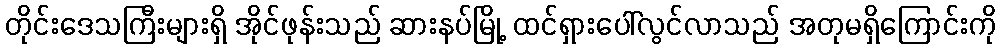
တိုင်းဒေသကြီးများရှိ အိုင်ဖုန်းသည် ဆားနပ်မြို့ ထင်ရှားပေါ်လွင်လာသည် အတုမရှိကြောင်းကို